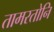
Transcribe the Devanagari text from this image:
तामरतोनि